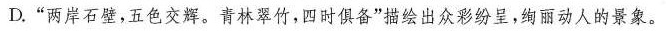
D.”两岸石壁，五色交辉。青林翠竹，四时俱备”描绘出众彩纷呈，绚丽动人的景象。